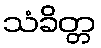
သံခိတ္တ